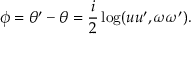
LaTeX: \phi = \theta ^ { \prime } - \theta = { \frac { i } { 2 } } \log ( u u ^ { \prime } , \omega \omega ^ { \prime } ) .